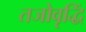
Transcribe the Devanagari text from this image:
तजोवृद्धिं